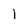
Character: 1